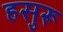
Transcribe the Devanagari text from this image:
हसुरू